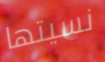
نسيتها